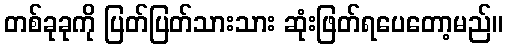
တစ်ခုခုကို ပြတ်ပြတ်သားသား ဆုံးဖြတ်ရပေတော့မည်။